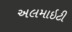
અલમાઇટી